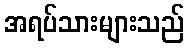
အရပ်သားများသည်